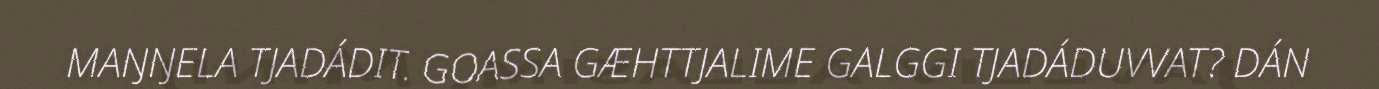
MAŊŊELA TJADÁDIT. GOASSA GÆHTTJALIME GALGGI TJADÁDUVVAT? DÁN